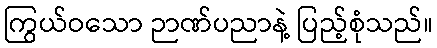
ကြွယ်ဝသော ဉာဏ်ပညာနဲ့ ပြည့်စုံသည်။